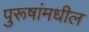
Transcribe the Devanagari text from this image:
पुरूषांमधील